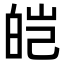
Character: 皑